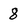
Character: 8